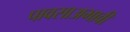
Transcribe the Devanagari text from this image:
पावसाअभावी